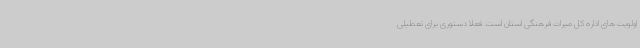
اولویت های اداره کل میراث فرهنگی استان است. فعلا ًدستوری برای تعطیلی